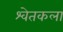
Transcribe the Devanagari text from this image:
श्वेतकला